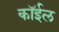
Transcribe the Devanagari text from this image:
कॉईल